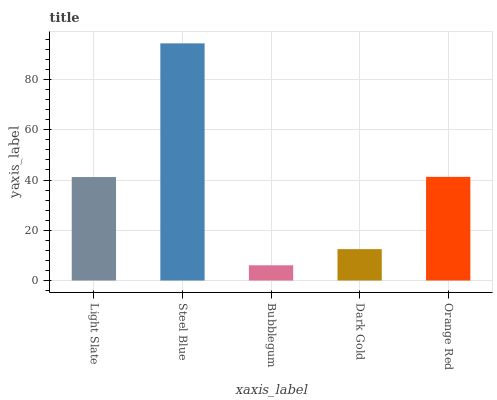
| xaxis_label | bars |
 | --- | --- |
 | Light Slate | 41.2 |
 | Steel Blue | 94.4 |
 | Bubblegum | 6.07 |
 | Dark Gold | 12.5 |
 | Orange Red | 41.3 |